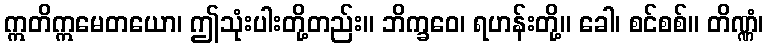
ဣတိဣမေတယော၊ ဤသုံးပါးတို့တည်း။ ဘိက္ခဝေ၊ ရဟန်းတို့။ ခေါ၊ စင်စစ်။ တိဏ္ဏံ၊